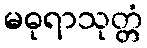
မဓုရာသုတ္တံ